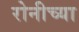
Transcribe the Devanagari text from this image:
रोनीच्या